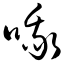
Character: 哦